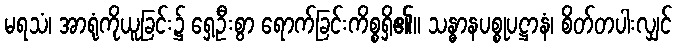
မရသံ၊ အာရုံကိုယူခြင်း၌ ရှေ့ဦးစွာ ရောက်ခြင်းကိစ္စရှိ၏။ သန္ဓာနပစ္စုပဋ္ဌာနံ၊ စိတ်တပါးလျှင်